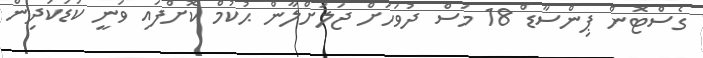
ގެސްޓޮން ޕިންސާޑް 18 މަސް ދުވަހަށް ޖަލަށްލާން ޙުކުމް ކޮށްފައި ވަނީ ކުޑަކުދިން